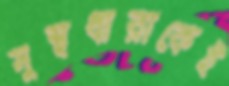
সুস্থধারাকেই